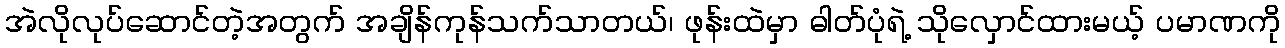
အဲလိုလုပ်ဆောင်တဲ့အတွက် အချိန်ကုန်သက်သာတယ်၊ ဖုန်းထဲမှာ ဓါတ်ပုံရဲ့ သိုလှောင်ထားမယ့် ပမာဏကို